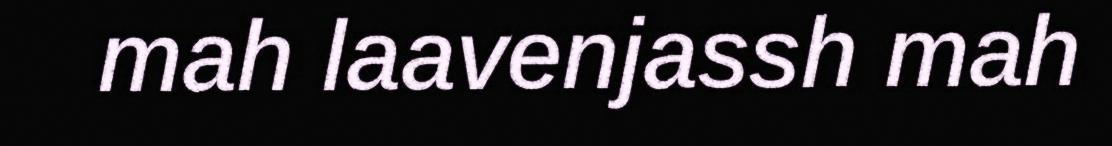
mah laavenjassh mah